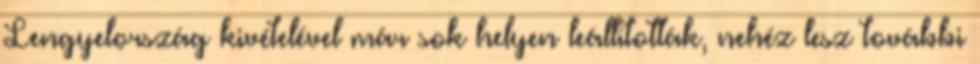
Lengyelország kivételével már sok helyen leállították, nehéz lesz további